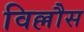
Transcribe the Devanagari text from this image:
विल्लौस